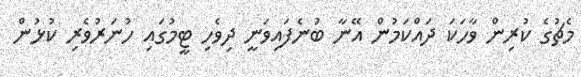
މެޗުގެ ކުރިން ވާހަކަ ދައްކަމުން އޭނާ ބުނެފައިވަނީ ދިވެހި ޓީމުގައި ހުނަރުވެރި ކުޅުން